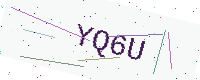
Text: YQ6U